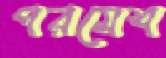
পরমেশ